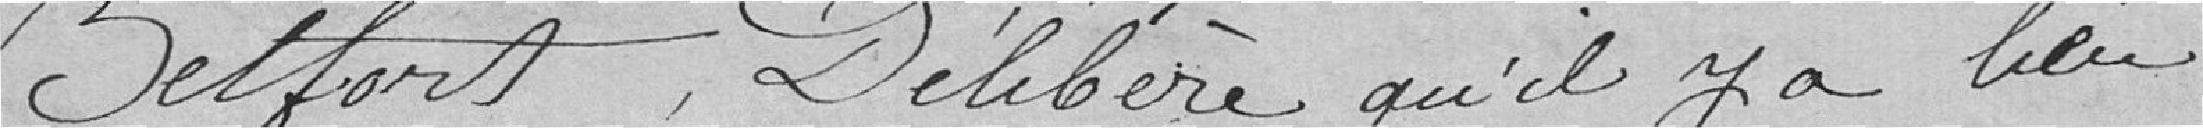
BELFORT, délibère qu'il y a lieu